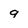
Character: 9